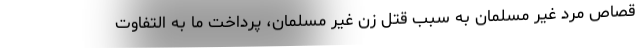
قصاص مرد غیر مسلمان به سبب قتل زن غیر مسلمان، پرداخت ما به التفاوت